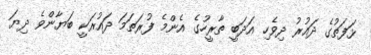
ޅަފަތުގެ ދައުރު ދިވެހި އަދަބީ ތާރީހުގެ އެންމެ ފުރަތަމަ ދައުރަކީ ބަޔާންވެ ދިޔަ